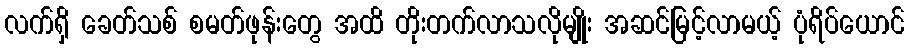
လက်ရှိ ခေတ်သစ် စမတ်ဖုန်းတွေ အထိ တိုးတက်လာသလိုမျိုး အဆင်မြင့်လာမယ့် ပုံရိပ်ယောင်